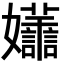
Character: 𡤮